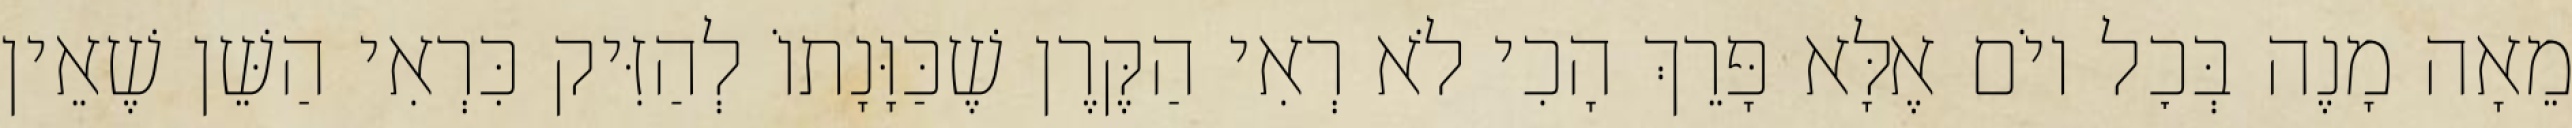
מֵאָה מָנֶה בְּכׇל יוֹם אֶלָּא פָּרֵךְ הָכִי לֹא רְאִי הַקֶּרֶן שֶׁכַּוָּנָתוֹ לְהַזִּיק כִּרְאִי הַשֵּׁן שֶׁאֵין